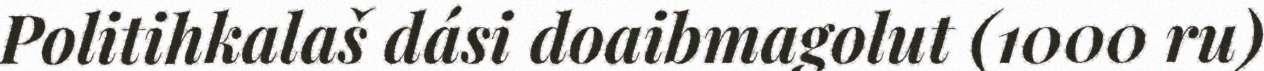
Politihkalaš dási doaibmagolut (1000 ru)